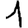
Digit: 1